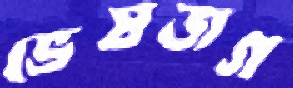
ভেষজগ